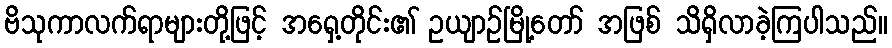
ဗိသုကာလက်ရာများတို့ဖြင့် အရှေ့တိုင်း၏ ဥယျာဉ်မြို့တော် အဖြစ် သိရှိလာခဲ့ကြပါသည်။